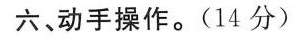
六、动手操作。(14分)